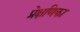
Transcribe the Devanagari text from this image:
प्रेक्षणिका